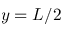
y = L / 2